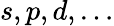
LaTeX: s,p,d,\dots